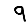
Digit: 9